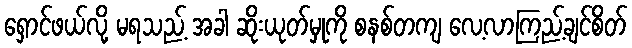
ရှောင်ဖယ်လို့ မရသည့် အခါ ဆိုးယုတ်မှုကို စနစ်တကျ လေ့လာကြည့်ချင်စိတ်